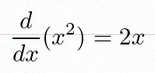
\frac{d}{dx}(x^2)=2x